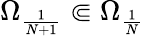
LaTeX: \Omega_{\frac{1}{N+1}}\Subset\Omega_{\frac{1}{N}}